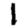
Digit: 1